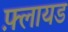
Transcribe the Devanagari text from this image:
फ़्लायड